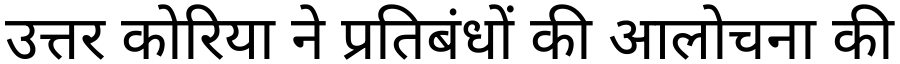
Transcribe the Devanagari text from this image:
उत्तर कोरिया ने प्रतिबंधों की आलोचना की